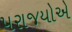
પરાજયોએ